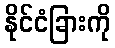
နိုင်ငံခြားကို